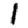
Digit: 1